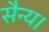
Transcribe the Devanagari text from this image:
सैन्य।